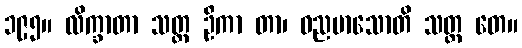
၁၉၅။ လိက္ခာတာ သတ္တ ဦကာ တာ၊ ဓညမာသောတိ သတ္တ တေ။